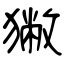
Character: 獙